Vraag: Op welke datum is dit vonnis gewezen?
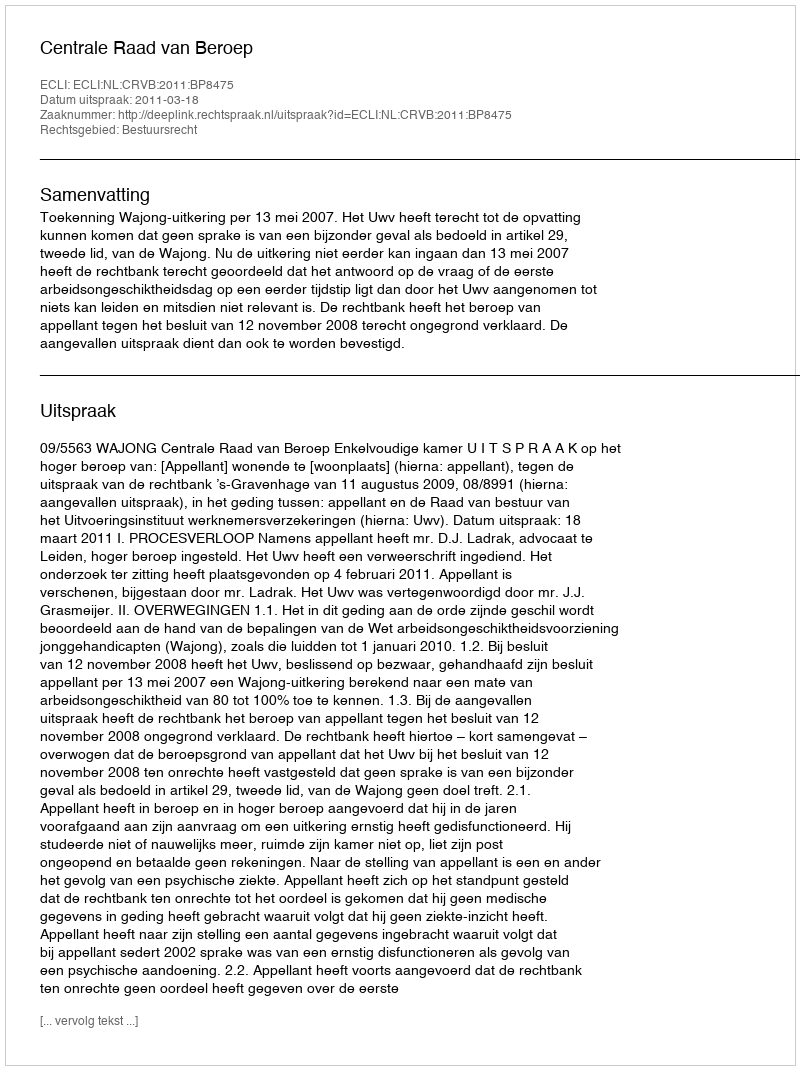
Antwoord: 2011-03-18